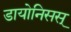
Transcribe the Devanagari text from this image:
डायोनिसस्